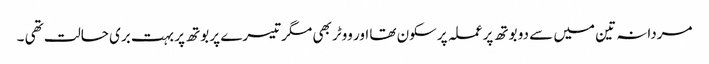
مردانہ تین میں سے دو بوتھ پر عملہ پرسکون تھا اور ووٹر بھی مگر تیسرے پر بوتھ پر بہت بری حالت تھی ۔